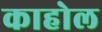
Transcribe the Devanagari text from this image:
काहोल